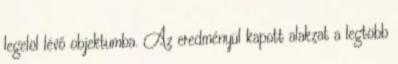
legelöl lévő objektumba. Az eredményül kapott alakzat a legtöbb